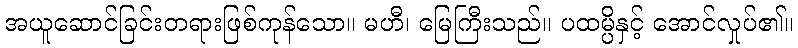
အယူဆောင်ခြင်းတရားဖြစ်ကုန်သော။ မဟီ၊ မြေကြီးသည်။ ပထမ္ပိနှင့် အောင်လှုပ်၏။